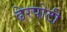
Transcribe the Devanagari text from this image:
ढेरपोटी